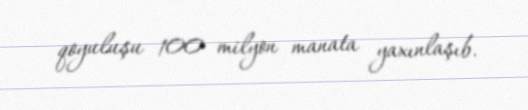
qoyuluşu 100 milyon manata yaxınlaşıb.